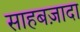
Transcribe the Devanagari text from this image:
साहबज़ादा